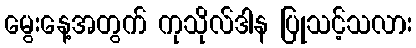
မွေးနေ့အတွက် ကုသိုလ်ဒါန ပြုသင့်သလား